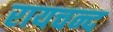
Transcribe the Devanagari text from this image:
रायचन्द